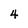
Character: 4